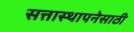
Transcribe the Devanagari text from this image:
सत्तास्थापनेसाठी